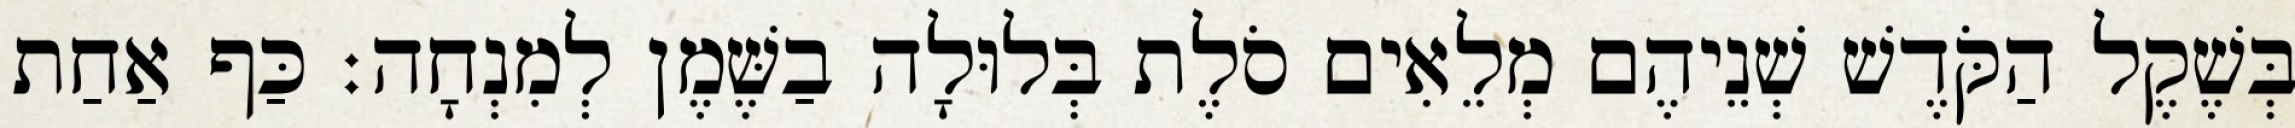
בְּשֶׁקֶל הַקֹּדֶשׁ שְׁנֵיהֶם מְלֵאִים סֹלֶת בְּלוּלָה בַשֶּׁמֶן לְמִנְחָה׃ כַּף אַחַת